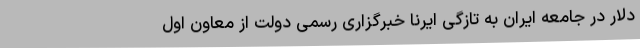
دلار در جامعه ايران به تازگی ایرنا خبرگزاری رسمی دولت از معاون اول